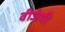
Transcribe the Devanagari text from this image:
वीजेपी